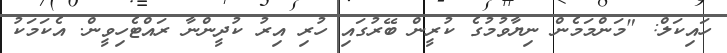
ހައިކަލް: "މަންމަމެން ނިޔާވުމުގެ ކުރީން ބޭރުގައި ހުރި އިރު ކުދީންނާ ރައްޓެހިވީން. އެކަމަކު